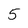
Character: 5